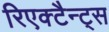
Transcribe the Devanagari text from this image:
रिएक्टैन्ट्स